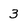
Character: 3